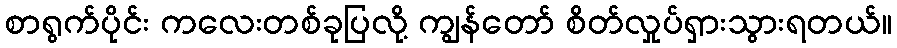
စာရွက်ပိုင်း ကလေးတစ်ခုပြလို့ ကျွန်တော် စိတ်လှုပ်ရှားသွားရတယ်။